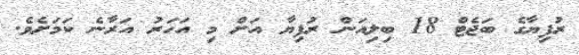
ރުފިޔާގެ ބަޖެޓް 18 ބިލިއަން ރުފިޔާ އަށް މި އަހަރު އަރާނެ ކަމަށެވެ.